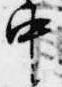
中